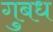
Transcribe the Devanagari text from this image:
गुबध